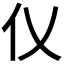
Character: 𪜧